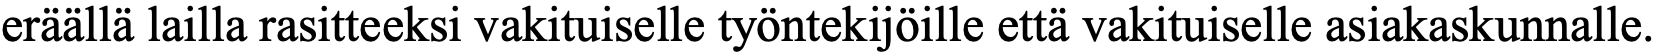
eräällä lailla rasitteeksi vakituiselle työntekijöille että vakituiselle asiakaskunnalle.